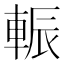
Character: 𨌑